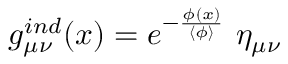
g _ { \mu \nu } ^ { i n d } ( x ) = e ^ { - \frac { \phi ( x ) } { \langle \phi \rangle } } ~ \eta _ { \mu \nu }